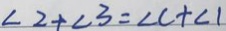
\angle 2 + \angle 3 = \angle C + \angle 1